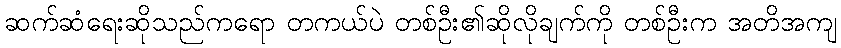
ဆက်ဆံရေးဆိုသည်ကရော တကယ်ပဲ တစ်ဦး၏ဆိုလိုချက်ကို တစ်ဦးက အတိအကျ